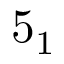
5 _ { 1 }